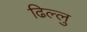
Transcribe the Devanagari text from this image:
ढिल्लु